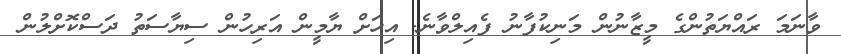
ވާނަމަ ރައްޔަތުންގެ މީޒާނުން މަނިކުފާނު ފެއިލްވާނެ. އިހަށް ޔާމީން އަރިހުން ސިޔާސަތު ދަސްކޮށްލުން